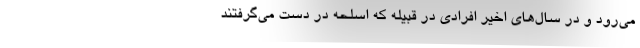
می‌رود و در سال‌های اخیر افرادی در قبیله که اسلحه در دست می‌گرفتند